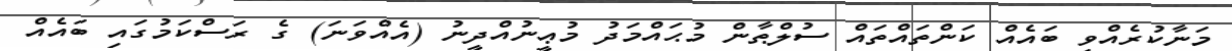
މަނާކުރެއްވި ބައެއް ކަންތައްތައް ސުލްޠާން މުޙައްމަދު މުޢީނުއްދީނު (އެއްވަނަ) ގެ ރަސްކަމުގައި ބައެއް